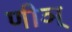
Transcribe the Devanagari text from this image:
णीञ्